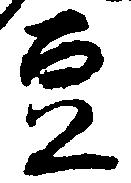
豆